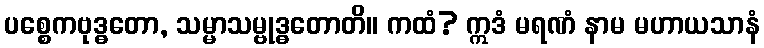
ပစ္စေကဗုဒ္ဓတော, သမ္မာသမ္ဗုဒ္ဓတောတိ။ ကထံ? ဣဒံ မရဏံ နာမ မဟာယသာနံ